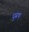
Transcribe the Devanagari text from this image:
धुम्रक